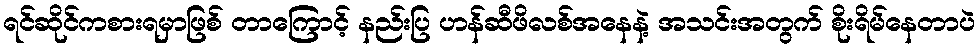
ရင်ဆိုင်ကစားရမှာဖြစ် တာကြောင့် နည်းပြ ဟန်ဆီဖိလစ်အနေနဲ့ အသင်းအတွက် စိုးရိမ်နေတာပဲ